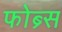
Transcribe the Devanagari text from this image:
फोब्र्स